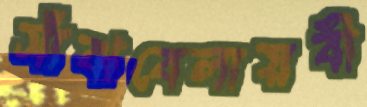
সাঁঝবেলায়বী